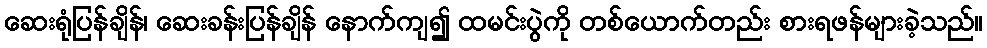
ဆေးရုံပြန်ချိန်၊ ဆေးခန်းပြန်ချိန် နောက်ကျ၍ ထမင်းပွဲကို တစ်ယောက်တည်း စားရဖန်များခဲ့သည်။